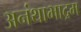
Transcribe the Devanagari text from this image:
अनंथाभाद्रम